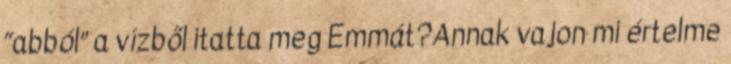
“abból” a vízből itatta meg Emmát?Annak vajon mi értelme